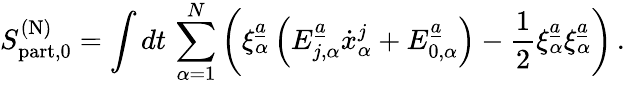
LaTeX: S_{\mathrm{part},0}^{(\mathrm{N})}=\int dt\, \sum_{\alpha=1}^{N}\left(\xi_{\alpha}^{\underline{{{a}}}}\left(E_{j,\alpha}^{\underline{{{a}}}}\dot{x}_{\alpha}^{j}+E_{0,\alpha}^{\underline{{{a}}}}\right)-{\frac{1}{2}}\xi_{\alpha}^{\underline{{{a}}}}\xi_{\alpha}^{\underline{{{a}}}}\right)\, .